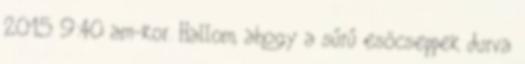
2015 9:40 am-kor. Hallom, ahogy a sűrű esőcseppek durva